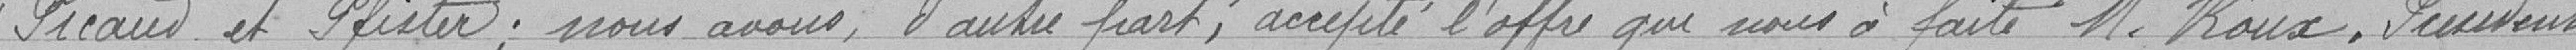
Préaud et Pfister ; nous avons, d'autre part, accepté l'offre que nous a fait M. Roux, Président